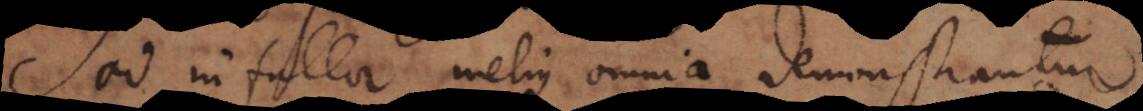
Sed ni fallor melius omnia demonstrantur